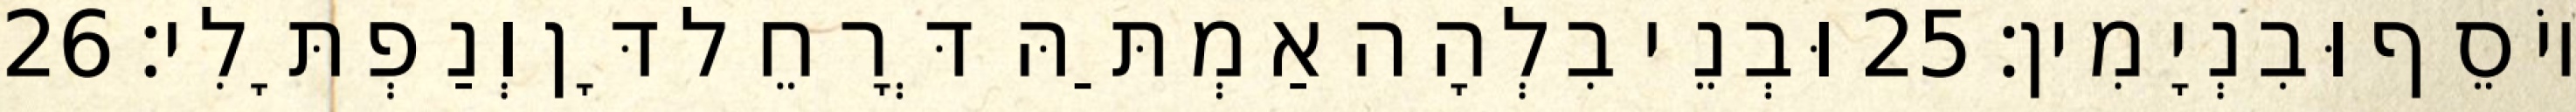
יוֹסֵף וּבִנְיָמִין׃ 25 וּבְנֵי בִלְהָה אַמְתַּהּ דְּרָחֵל דָּן וְנַפְתָּלִי׃ 26